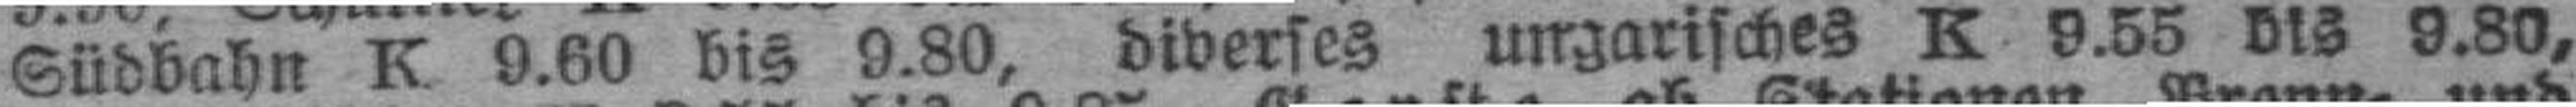
Südbahn K 9.60 bis 9.80, diverses ungarisches K 9.55 bis 9.80,